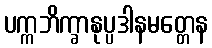
ပက္ကဘိက္ခာနုပ္ပဒါနမတ္တေန